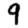
Digit: 9